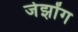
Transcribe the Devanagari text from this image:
जेझोंग